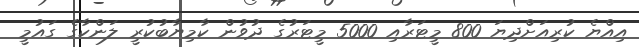
އިއްޔެ ކުރިއަށްދިޔަ 800 މީޓަރާއި 5000 މީޓަރުގެ ދުވުން ކާމިޔާބުކުރީ ލަންކާގެ ގައުމީ